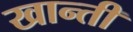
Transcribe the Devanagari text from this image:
खान्ती